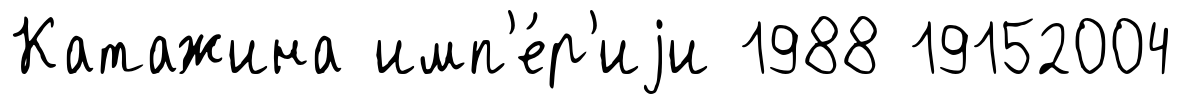
Катажина имп'е́р'иjи 1988 19152004